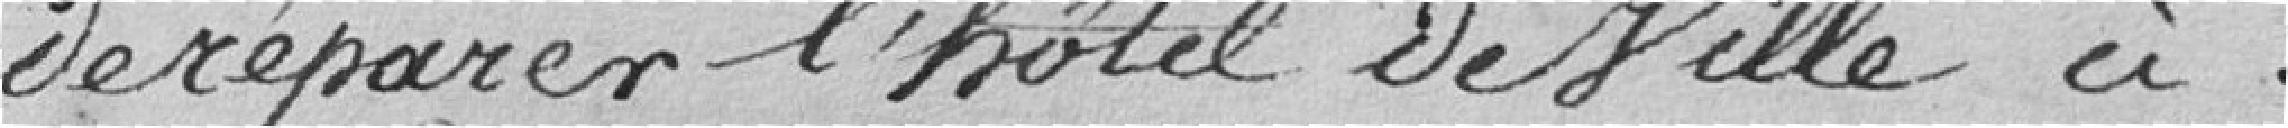
de réparer l'Hôtel de Ville ci.